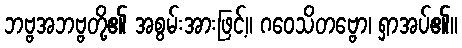
ဘဗ္ဗအဘဗ္ဗတို့၏ အစွမ်းအားဖြင့်။ ဂဝေသိတဗ္ဗော၊ ရှာအပ်၏။